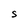
Character: S